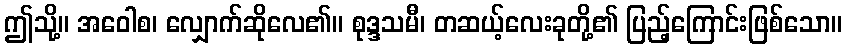
ဤသို့။ အဝေါစ၊ လျှောက်ဆိုလေ၏။ စုဒ္ဒသမီ၊ တဆယ့်လေးခုတို့၏ ပြည့်ကြောင်းဖြစ်သော။